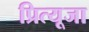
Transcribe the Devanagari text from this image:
प्रित्यूजा